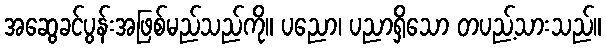
အဆွေခင်ပွန်းအဖြစ်မည်သည်ကို။ ပညော၊ ပညာရှိသော တပည့်သားသည်။